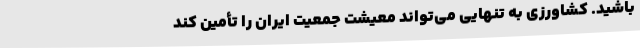
باشید. کشاورزی به تنهایی می‌تواند معیشت جمعیت ایران را تأمین کند